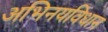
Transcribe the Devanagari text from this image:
अभिनयविधान